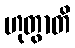
ဟုတွာတိ